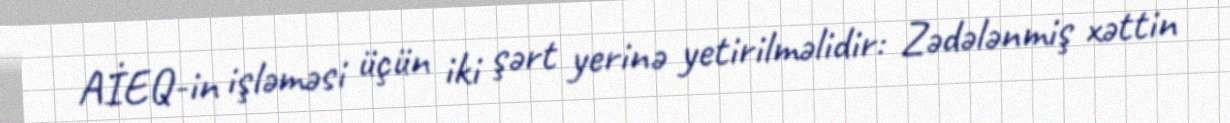
AİEQ-in işləməsi üçün iki şərt yerinə yetirilməlidir: Zədələnmiş xəttin